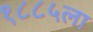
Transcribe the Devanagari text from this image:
१८८५ला